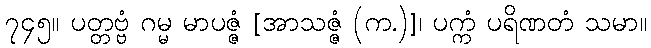
၇၄၅။ ပတ္တဗ္ဗံ ဂမ္မ မာပဇ္ဇံ [အာသဇ္ဇံ (က.)]၊ ပက္ကံ ပရိဏတံ သမာ။